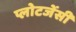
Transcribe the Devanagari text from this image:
प्लोटजेंसी